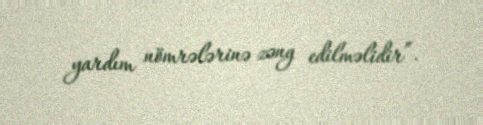
yardım nömrələrinə zəng edilməlidir”.